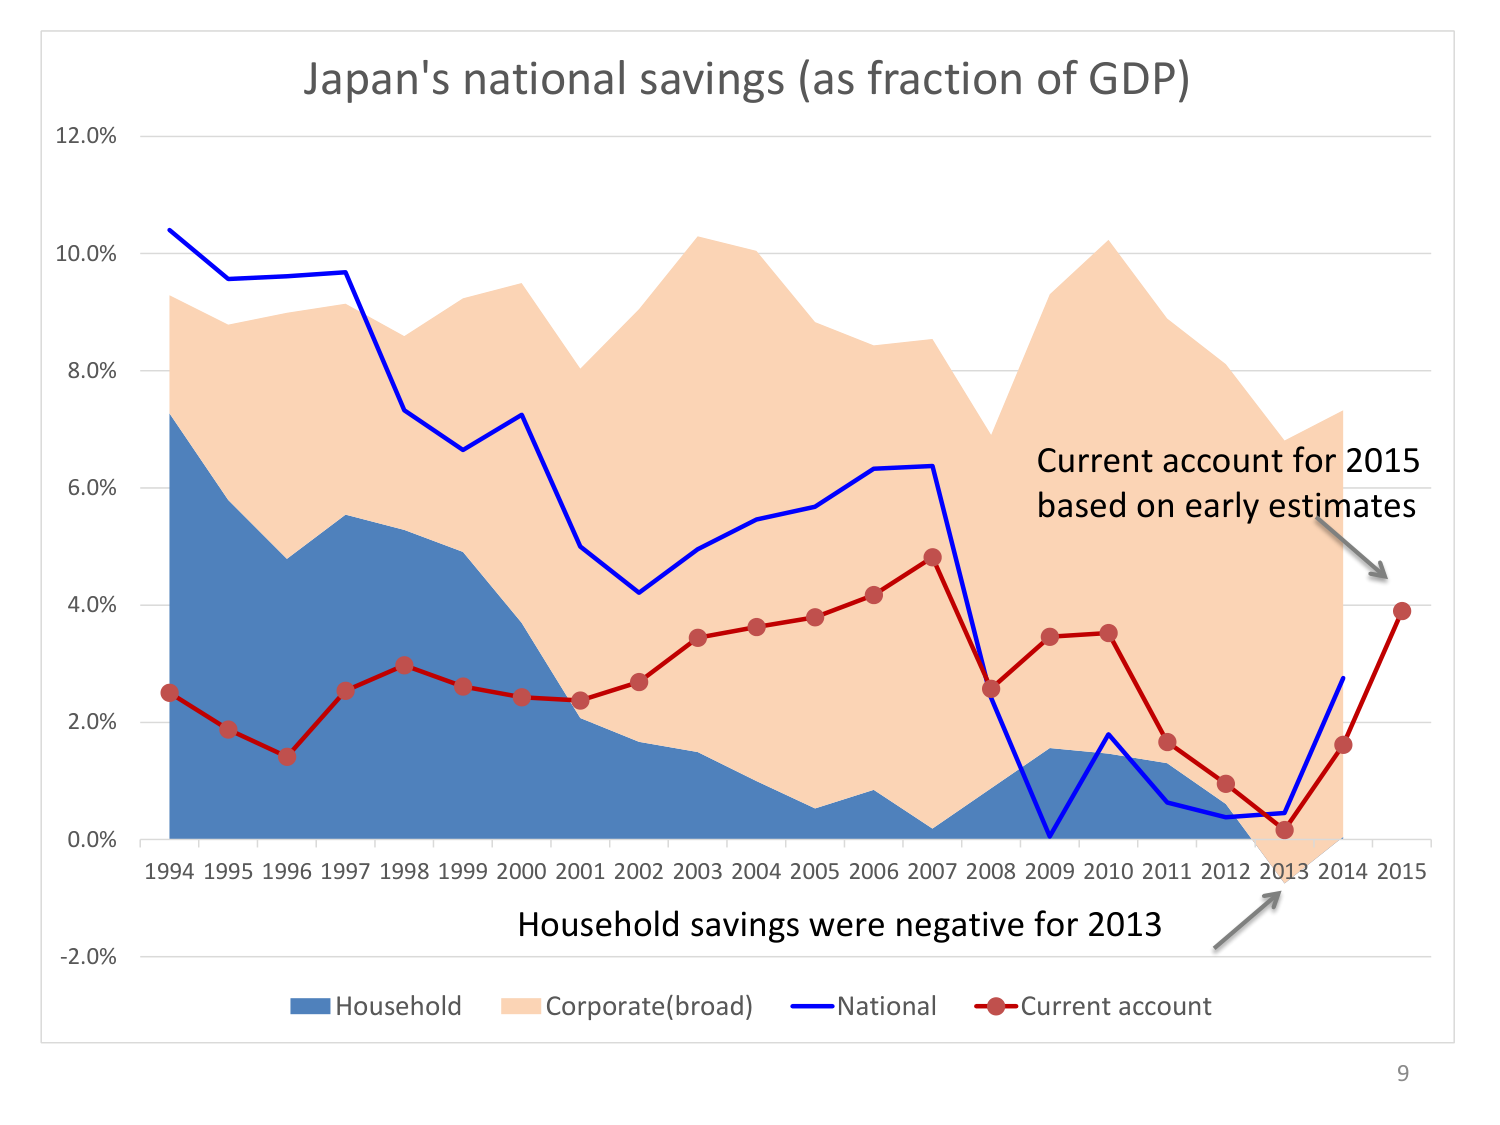
Japan's national savings (as fraction of GDP)
12.0%
10.0%
8.0%
6.0%
4.0%
2.0%
0.0%
-2.0%
1994 1995 1996 1997 1998 1999 2000 2001 2002 2003 2004 2005 2006 2007 2008 2009 2010 2011 2012 2013 2014 2015
Current account for 2015
based on early estimates
Household savings were negative for 2013
Household
Corporate(broad)
National
Current account
9